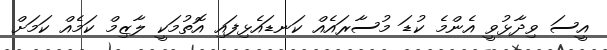
އީސަ ވިދާޅުވީ އެންމެ ކުޑަ މުސާރައެއް ކަނޑައެޅިފައި އޮތުމަކީ ލާޒިމް ކަމެއް ކަމަށް